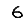
Digit: 6